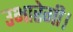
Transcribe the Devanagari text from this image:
उभारेगी।